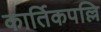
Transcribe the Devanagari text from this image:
कार्तिकपल्लि